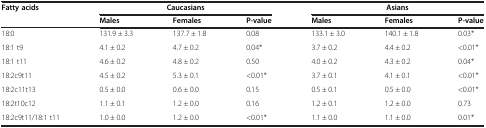
<table><thead><tr><td><b>Fatty acids</b></td><td colspan="3"><b>Caucasians</b></td><td colspan="3"><b>Asians</b></td></tr><tr><td><b> </b></td><td><b>Males</b></td><td><b>Females</b></td><td><b>P-value</b></td><td><b>Males</b></td><td><b>Females</b></td><td><b>P-value</b></td></tr></thead><tbody><tr><td>18:0</td><td>131.9 ± 3.3</td><td>137.7 ± 1.8</td><td>0.08</td><td>133.1 ± 3.0</td><td>140.1 ± 1.8</td><td>0.03*</td></tr><tr><td>18:1 t9</td><td>4.1 ± 0.2</td><td>4.7 ± 0.2</td><td>0.04*</td><td>3.7 ± 0.2</td><td>4.4 ± 0.2</td><td>&lt;0.01*</td></tr><tr><td>18:1 t11</td><td>4.6 ± 0.2</td><td>4.8 ± 0.2</td><td>0.50</td><td>4.0 ± 0.2</td><td>4.3 ± 0.2</td><td>0.04*</td></tr><tr><td>18:2c9t11</td><td>4.5 ± 0.2</td><td>5.3 ± 0.1</td><td>&lt;0.01*</td><td>3.7 ± 0.1</td><td>4.1 ± 0.1</td><td>&lt;0.01*</td></tr><tr><td>18:2c11t13</td><td>0.5 ± 0.0</td><td>0.6 ± 0.0</td><td>0.15</td><td>0.5 ± 0.1</td><td>0.5 ± 0.0</td><td>&lt;0.01*</td></tr><tr><td>18:2t10c12</td><td>1.1 ± 0.1</td><td>1.2 ± 0.0</td><td>0.16</td><td>1.2 ± 0.1</td><td>1.2 ± 0.0</td><td>0.73</td></tr><tr><td>18:2c9t11/18:1 t11</td><td>1.0 ± 0.0</td><td>1.2 ± 0.0</td><td>&lt;0.01*</td><td>1.1 ± 0.0</td><td>1.1 ± 0.0</td><td>0.01*</td></tr></tbody></table>